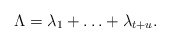
\begin{align*}\Lambda=\lambda_1+\ldots +\lambda_{t+u}.\end{align*}